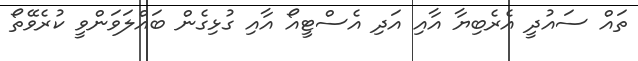
ތައް ސައުދީ އެރެބިޔާ އާއި އަދި އެސްޓީއޯ އާއި ގުޅިގެން ބައްްލަވަންވީ ކުރެވޭތޯ